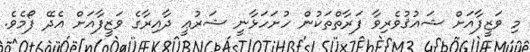
މި ވަޒީފާއަށް ޝައުޤުވެރިވާ ފަރާތްތަކުން ހުށަހަޅާނީ ޝަރުޢީ ދާއިރާގެ ވަޒީފާއަށް އެދޭ ފޯމެވެ.